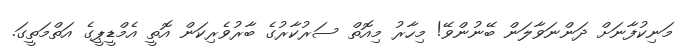
މަނިކުފާނަށް ދަންނަވާލަން ބޭނުންވޭ! މިހާރު މިއޮތް ސަރުކާރުގެ ބާރުވެރިކަން އޮތީ އެމްޑީޕީގެ އަތްމަތީގަ.